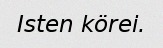
Isten körei.